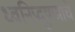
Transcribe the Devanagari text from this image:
ध्वनिप्रदूषणाचे